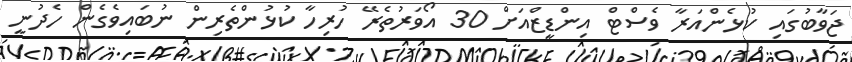
ޖަވާބުގައި ކުޅެންއަރާ ވެސްޓް އިންޑީޒްއަށް 30 އޯވަރުތެރޭ ހުރިހާ ކުޅުންތެރިން ނުބައިވެގެން ހެދުނީ